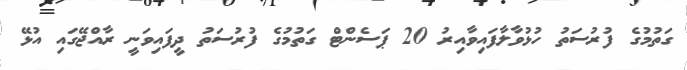
ގަތުމުގެ ފުރުސަތު ހުޅުވާލާފައިވާއިރު 20 ޕަސެންޓް ގަތުމުގެ ފުރުސަތު ދީފައިވަނީ ރާއްޖޭގައި އުޅޭ